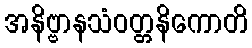
အနိဗ္ဗာနသံဝတ္တနိကောတိ